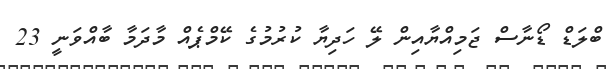
ބްލަޑް ޑޯނާސް ޖަމިއްޔާއިން ލޭ ހަދިޔާ ކުރުމުގެ ކޭމްޕެއް މާދަމާ ބާއްވަނީ 23